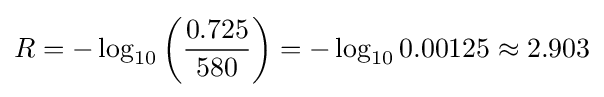
R=-\log _{10}{\left({\frac {0.725}{580}}\right)}=-\log _{10}{0.00125}\approx 2.903